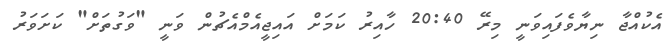
އެކުއްޖާ ނިޔާވެފައިވަނީ މިރޭ 20:40 ހާއިރު ކަމަށް އައިޖީއެމްއެޗުން ވަނީ "ވަގުތަށް" ކަށަވަރު